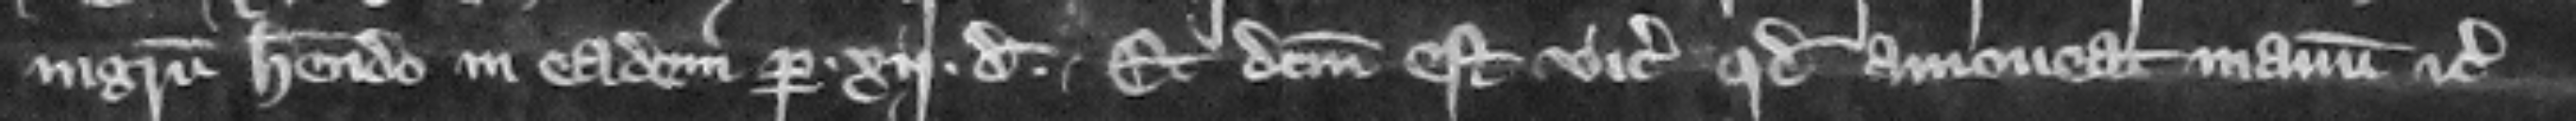
ingress habendo in eadem per .xij. denarios. Et dictum est vicecomiti quod amoueat manum etc.